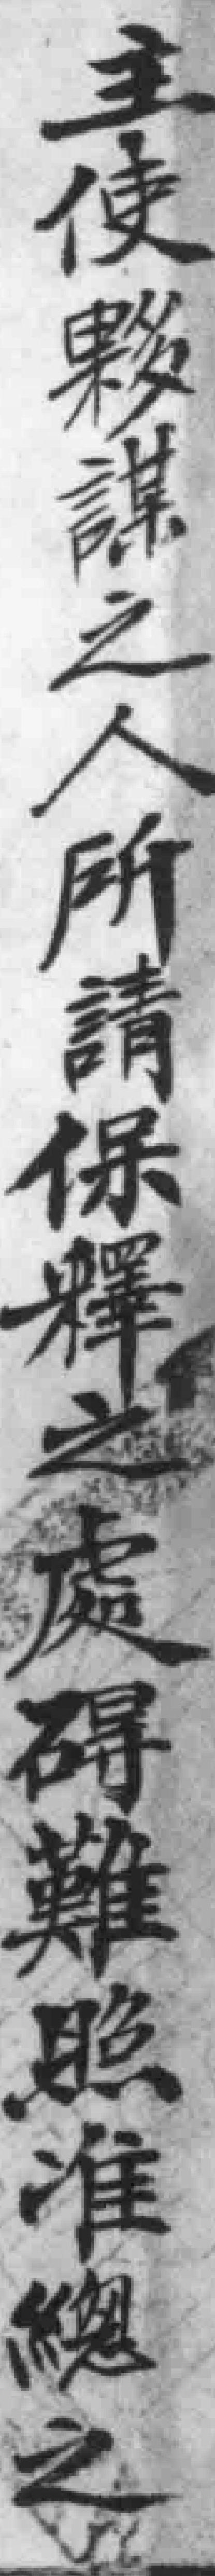
主使夥謀之人所請保釋之處碍難照准總之